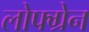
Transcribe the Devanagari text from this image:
लोफ्ग्रेन